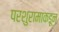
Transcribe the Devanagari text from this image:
परशुरामाकडून